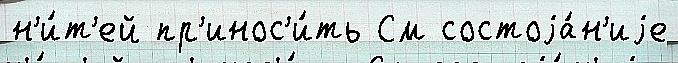
н'и́т'ей пр'инос'и́ть См состоjа́н'иjе